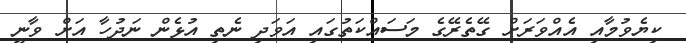
ކިޔެވުމާއި އެއްވަރަށް ގޭތެރޭގެ މަސައްކަތުގައި އަވަދި ނެތި އުޅެން ނަދުހާ އަށް ވާނީ